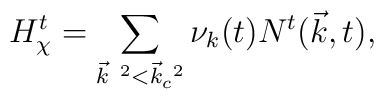
H_{\chi}^t = \sum_{{\vec k}^{~2} < {\vec k}_c^{~2}}{\nu}_k(t) N^t({\vec k},t),